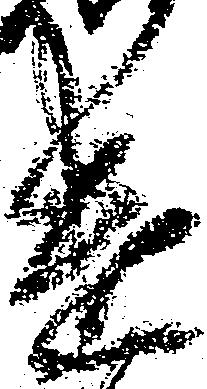
遣